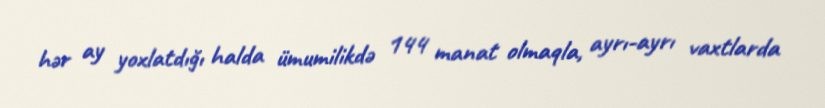
hər ay yoxlatdığı halda ümumilikdə 144 manat olmaqla, ayrı-ayrı vaxtlarda